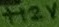
Text: +12V